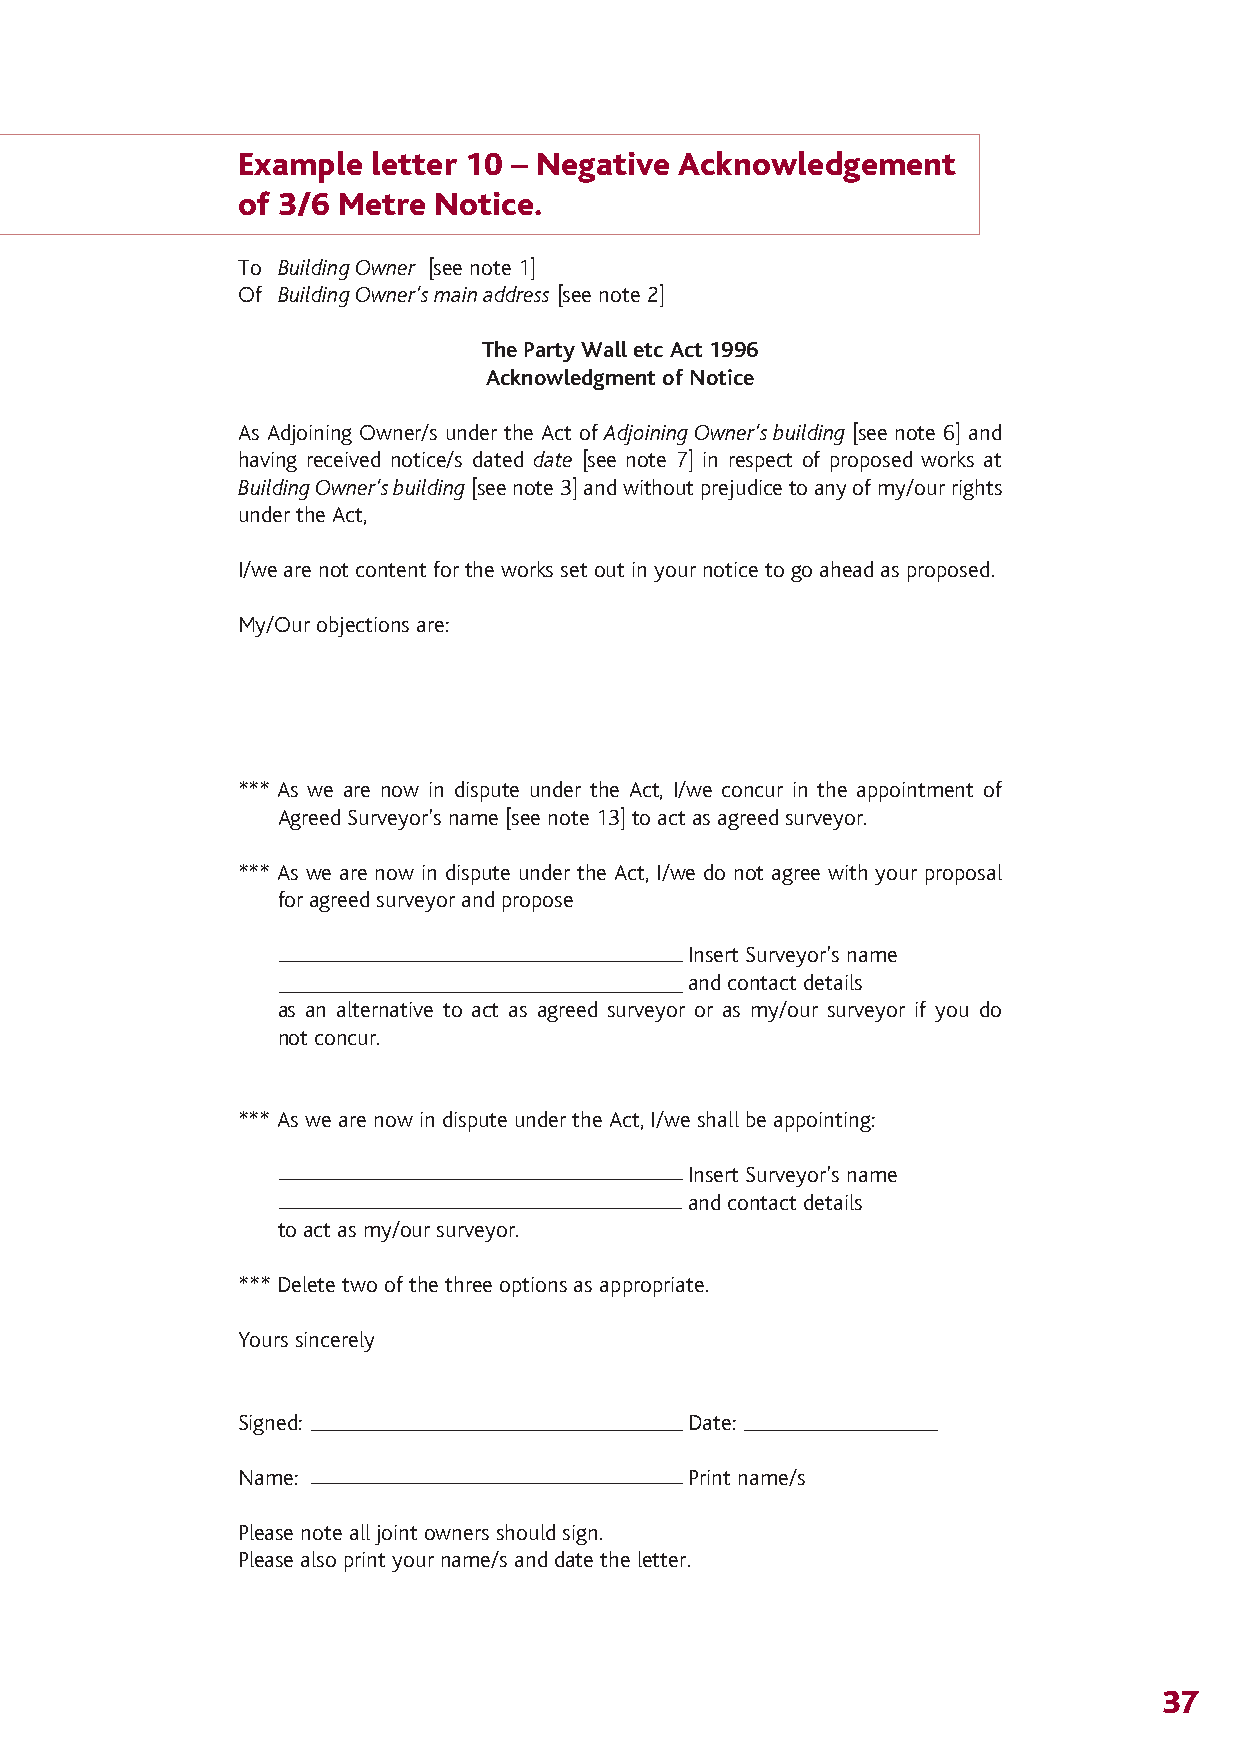
The Party Wall 12/4/07 14:28 Page 40
 Example letter 10 – Negative Acknowledgement
 of 3/6 Metre Notice.
 To Building Owner [see note 1]
 Of Building Owner’s main address [see note 2]
 The Party Wall etc Act 1996
 Acknowledgment of Notice
 As Adjoining Owner/s under the Act of Adjoining Owner’s building [see note 6] and
 having received notice/s dated date [see note 7] in respect of proposed works at
 Building Owner’s building[see note 3] and without prejudice to any of my/our rights
 under the Act,
 I/we are not content for the works set out in your notice to go ahead as proposed.
 My/Our objections are:
 *** As we are now in dispute under the Act, I/we concur in the appointment of
 Agreed Surveyor’s name [see note 13] to act as agreed surveyor.
 *** As we are now in dispute under the Act, I/we do not agree with your proposal
 for agreed surveyor and propose
 Insert Surveyor’s name
 and contact details
 as an alternative to act as agreed surveyor or as my/our surveyor if you do
 not concur.
 *** As we are now in dispute under the Act, I/we shall be appointing:
 Insert Surveyor’s name
 and contact details
 to act as my/our surveyor.
 *** Delete two of the three options as appropriate.
 Yours sincerely
 Signed:                      Date:
 Name:                        Print name/s
 Please note all joint owners should sign.
 Please also print your name/s and date the letter.
 37